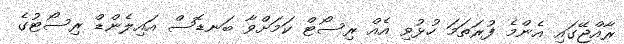
ރާއްޖޭގައި އެންމެ ފުރަތަމަ ހުޅުވި އެއް ރިސޯޓް ކަމަށްވާ ބަނޑޮސް އައިލެންޑް ރިސޯޓުގެ